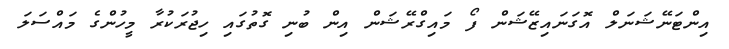
އިންޓަނޭޝަނަލް އޮގަނައިޒޭޝަން ފޯ މައިގްރޭޝަން އިން ބުނި ގޮތުގައި ހިޖުރަކުރާ މީހުންގެ މައްސަލަ